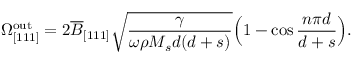
\Omega _ { \mathrm { [ 1 1 1 ] } } ^ { \mathrm { o u t } } = 2 \overline { { B } } _ { [ 1 1 1 ] } \sqrt { \frac { \gamma } { \omega \rho M _ { s } d ( d + s ) } } \Big ( 1 - \cos { \frac { n \pi d } { d + s } } \Big ) .